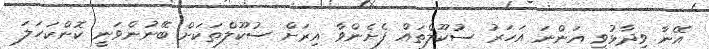
އޭނާ ވިދާޅުވީ އަންނަ އަހަރު ސުކޫލްތައް ފެށެންވާ އިރަށް ސުކޫލްތަކަށް ބޭނުންވަނީ ކޮންކަހަލަ